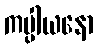
ကပ္ပါယနော